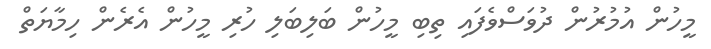
މީހުން އުމުރުން ދުވަސްވެފައި ތިބި މީހުން ބަލިބަލި ހުރި މީހުން އެރެން ހިމާޔަތް